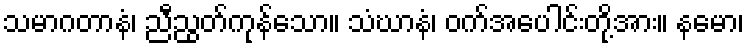
သမာဂတာနံ၊ ညီညွတ်ကုန်သော။ သံဃာနံ၊ ဝက်အပေါင်းတို့အား။ နမော၊